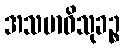
အသမာဓိသုခဉ္စ